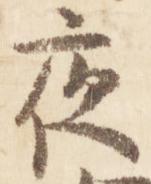
夜